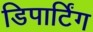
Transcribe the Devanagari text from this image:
डिपार्टिंग